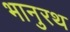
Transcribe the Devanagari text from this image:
भानुरथ